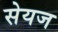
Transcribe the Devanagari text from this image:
सेयज